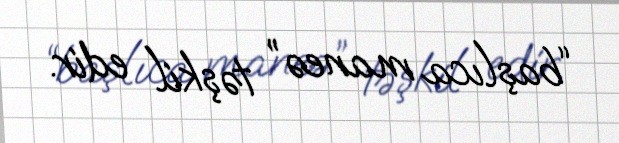
“başlıca maneə” təşkil edir.